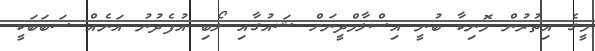
މީގެ އިތުރުން މޮނިކާ ބުނީ އިސްލާމްދީނަށް ޝައުގާއި ލޯބި އުފެދުނު އަނެއް ސަބަބަކީ